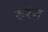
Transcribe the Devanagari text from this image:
रुरेन